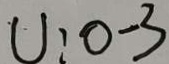
U : 0 - 3